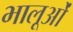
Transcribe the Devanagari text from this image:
भालूओंं